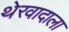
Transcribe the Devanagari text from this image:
थेरवादाला